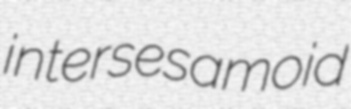
intersesamoid